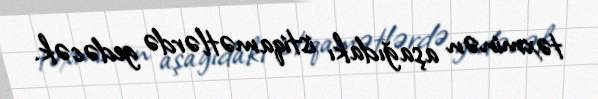
təxminən aşağıdakı istiqamətlərdə gedəcək.